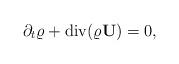
LaTeX: \begin{align*}\partial_t \varrho + {\rm div} ( \varrho {\bf U}) =0,\end{align*}